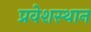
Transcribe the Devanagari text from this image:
प्रवेशस्थान